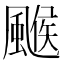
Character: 𩘋